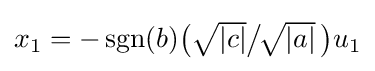
\textstyle x_{1}=-\operatorname {sgn} (b){\bigl (}{\sqrt {\vert c\vert }}{\big /}\!{\sqrt {\vert a\vert }}~\!{\bigr )}u_{1}